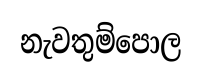
නැවතුම්පොල